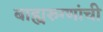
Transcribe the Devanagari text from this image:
बाह्यरुग्णांची